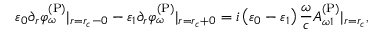
\varepsilon _ { 0 } \partial _ { r } \varphi _ { \omega } ^ { \mathrm { ( P ) } } | _ { r = r _ { c } - 0 } - \varepsilon _ { 1 } \partial _ { r } \varphi _ { \omega } ^ { \mathrm { ( P ) } } | _ { r = r _ { c } + 0 } = i \left( \varepsilon _ { 0 } - \varepsilon _ { 1 } \right) \frac { \omega } { c } A _ { \omega 1 } ^ { \mathrm { ( P ) } } | _ { r = r _ { c } } ,